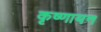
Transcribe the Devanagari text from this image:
कृष्‍णायन